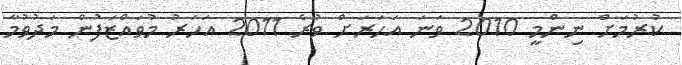
ކުރުމަށް ނިންމީ 2010 ވަނަ އަހަރަށް ވުރެ 2011 އަހަރު މުވައްޒަފުން މަދުވުމާ